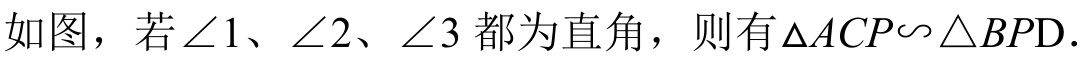
如图，若\(\angle 1\)、\(\angle 2\)、\(\angle 3\)都为直角，则有\(\triangle ACP\sim\triangle BPD\)．